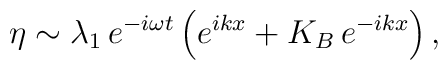
\eta\sim \lambda_1\, e^{-i\omega t}\left(e^{ikx}+K_B\, e^{-ikx}\right) ,